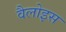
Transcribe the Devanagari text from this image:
वैलोइस